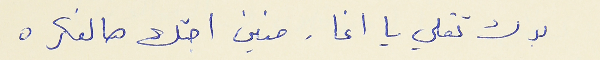
بدك تقلي يا اغا. منين اجتك هالفكره